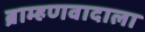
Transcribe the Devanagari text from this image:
ब्राम्हणवादाला